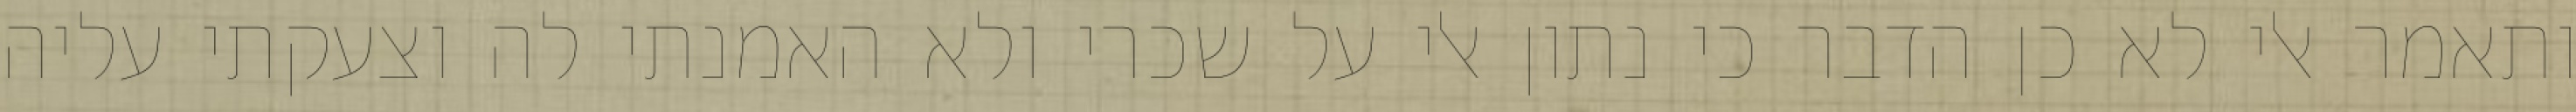
ותאמר אלי לא כן הדבר כי נתון אלי על שכרי ולא האמנתי לה וצעקתי עליה